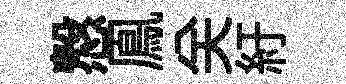
慤鳯关紆